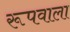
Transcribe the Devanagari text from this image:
रूपवाला